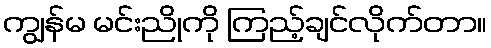
ကျွန်မ မင်းညိုကို ကြည့်ချင်လိုက်တာ။